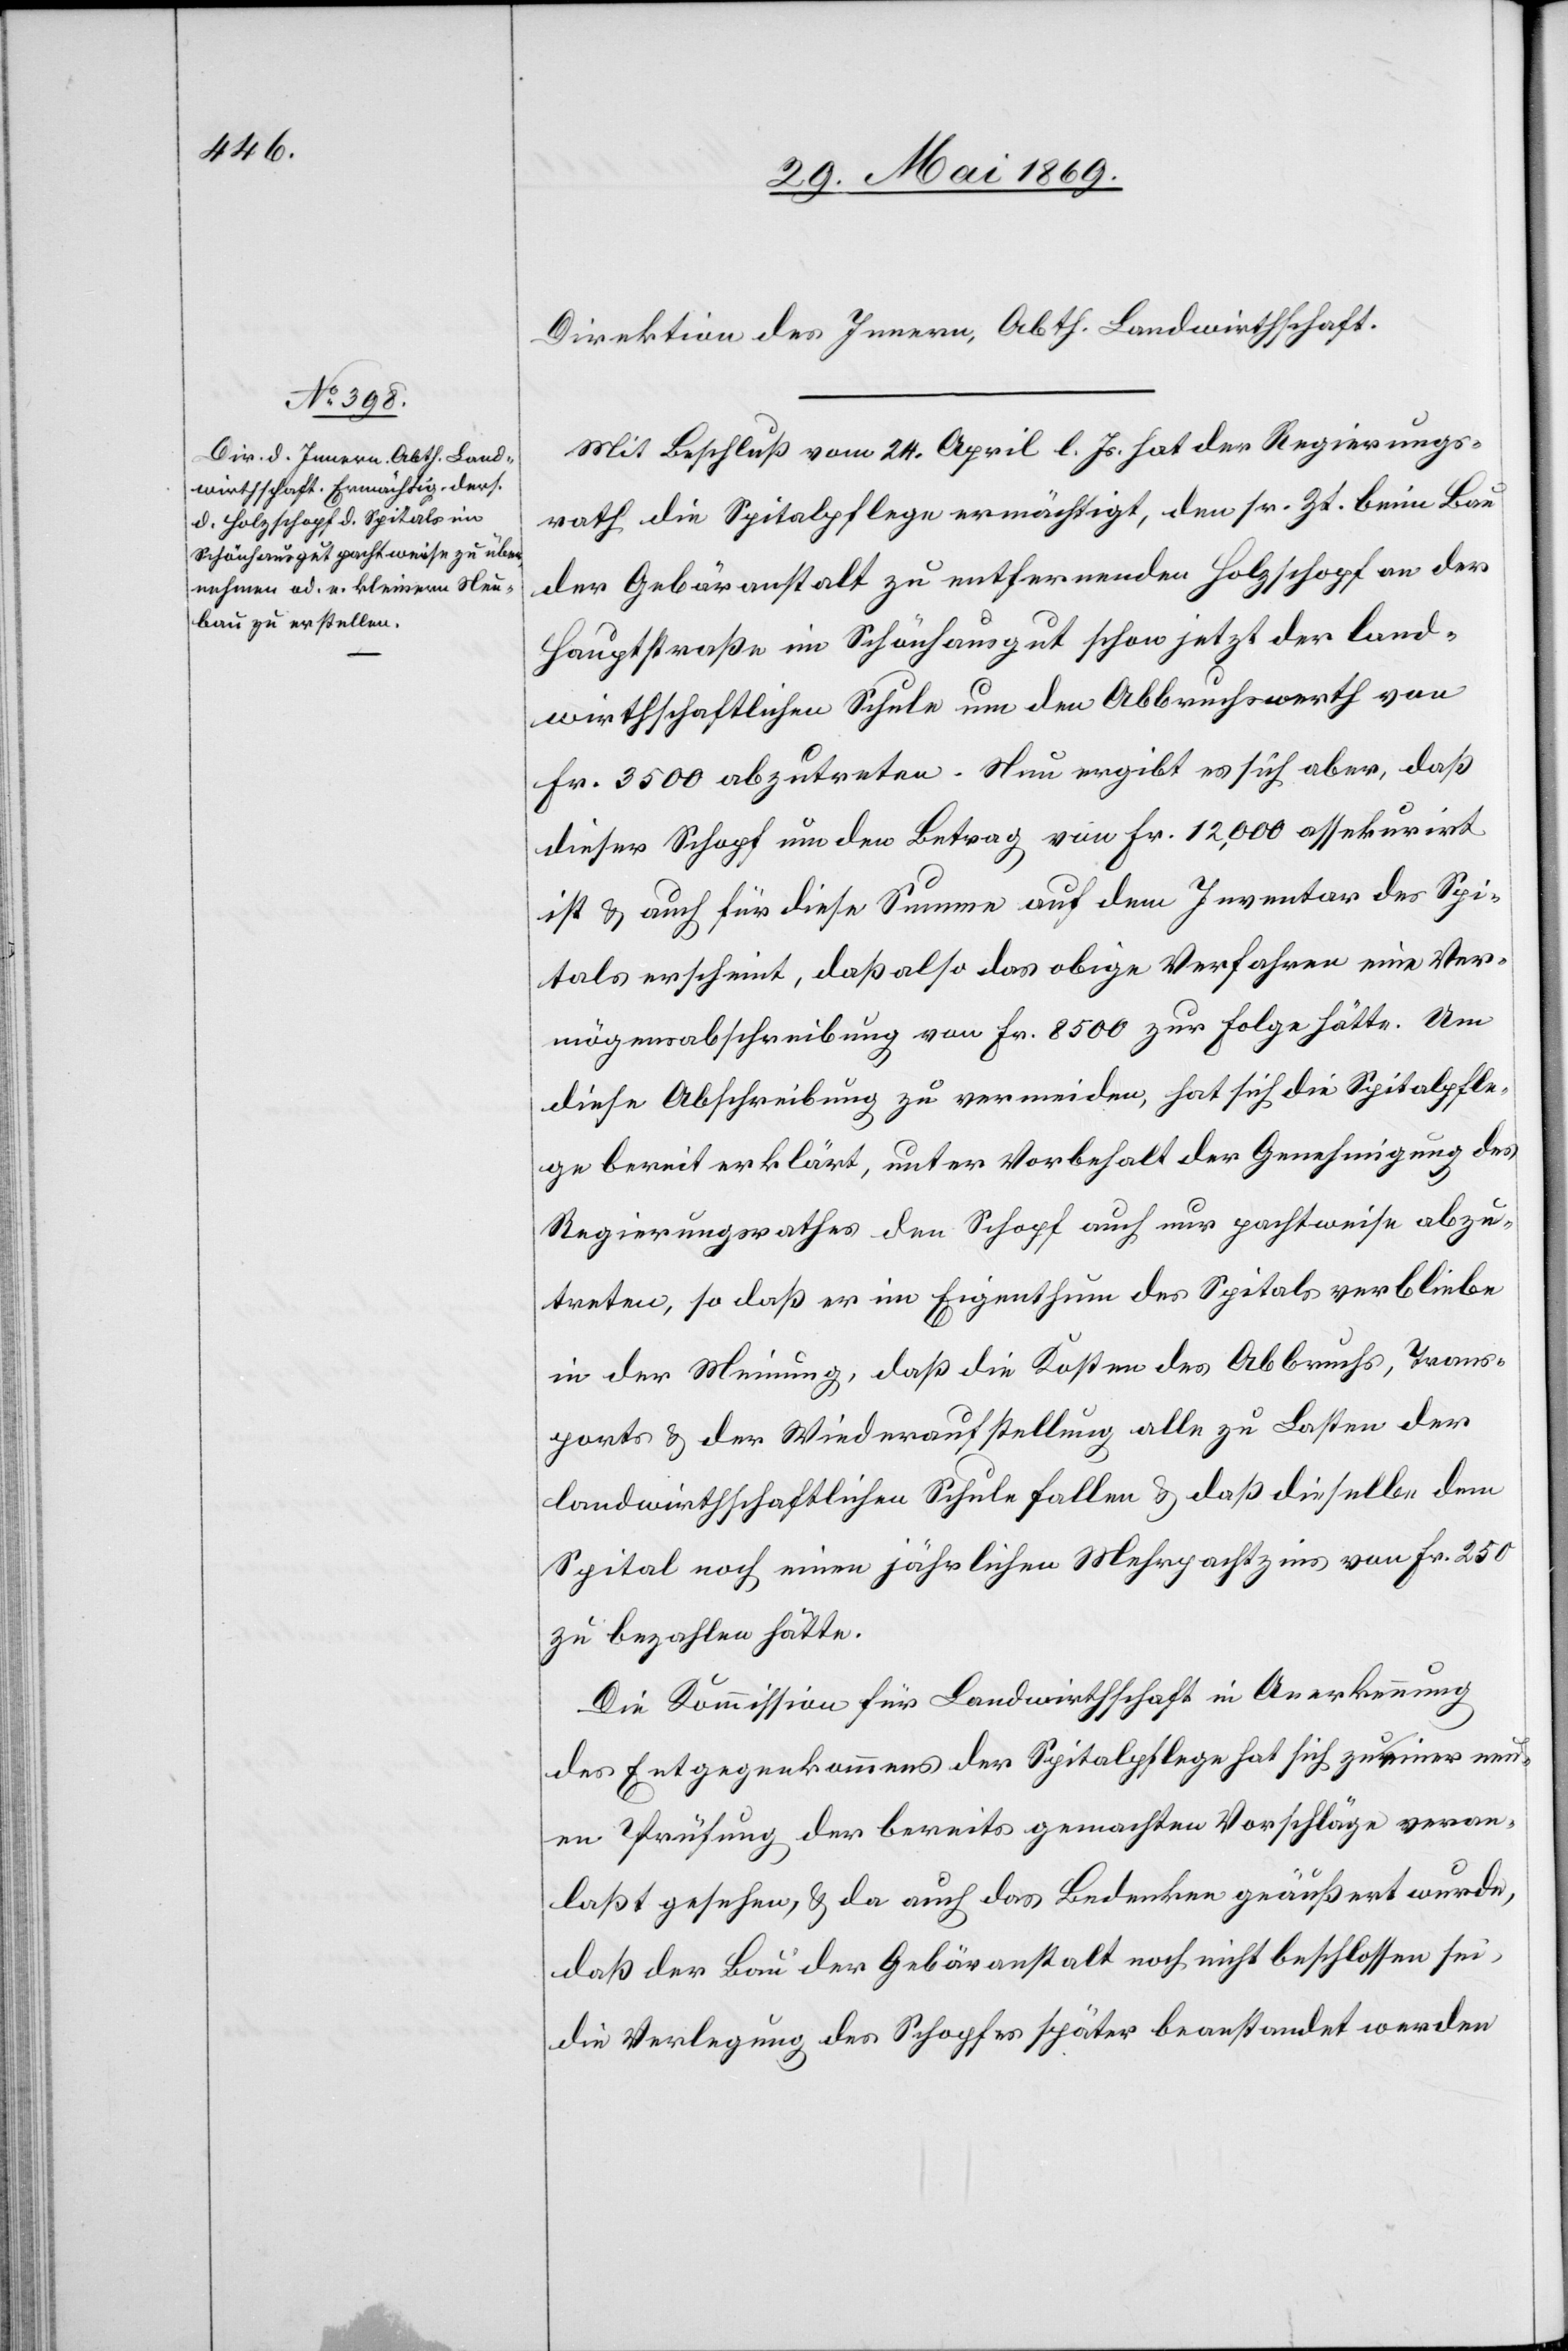
Direktion des Innern, Abth. Landwirthschaft.
Mit Beschluß vom 24. April l. Js. hat der Regierungs¬
rath die Spitalpflege ermächtigt, den sr. Zt. beim Bau
der Gebäranstalt zu entfernenden Holzschopf an der
Hauptstraße im Schönhausgut schon jetzt der land¬
wirthschaftlichen Schule um den Abbruchwerth von
Fr. 3500 abzutreten. Nun ergibt es sich aber, daß
dieser Schopf um den Betrag von Fr. 12,000 assekurirt
ist u. auch für diese Summe auf dem Inventar des Spi¬
tals erscheint, daß also das obige Verfahren eine Ver¬
mögensabschreibung von Fr. 8500 zur Folge hätte. Um
diese Abschreibung zu vermeiden, hat sich die Spitalpfle¬
ge bereit erklärt, unter Vorbehalt der Genehmigung des
Regierungsrathes den Schopf auch nur pachtweise abzu¬
treten, so daß er im Eigenthum des Spitals verbliebe
in der Meinung, daß die Kosten des Abbruchs, Trans¬
ports u. der Wiederaufstellung alle zu Lasten der
landwirthschaftlichen Schule fallen u. daß dieselbe dem
Spital noch einen jährlichen Mehrpachtzins von Fr. 250
zu bezahlen hätte.
Die Kommission für Landwirthschaft in Anerkennung
des Entgegenkommens der Spitalpflege hat sich zu einer neu¬
en Prüfung der bereits gemachten Vorschläge veran¬
laßt gesehen, u. da auch das Bedenken geäußert wurde,
daß der Bau der Gebäranstalt noch nicht beschlossen sei,
die Verlegung des Schopfes später beanstandet werden